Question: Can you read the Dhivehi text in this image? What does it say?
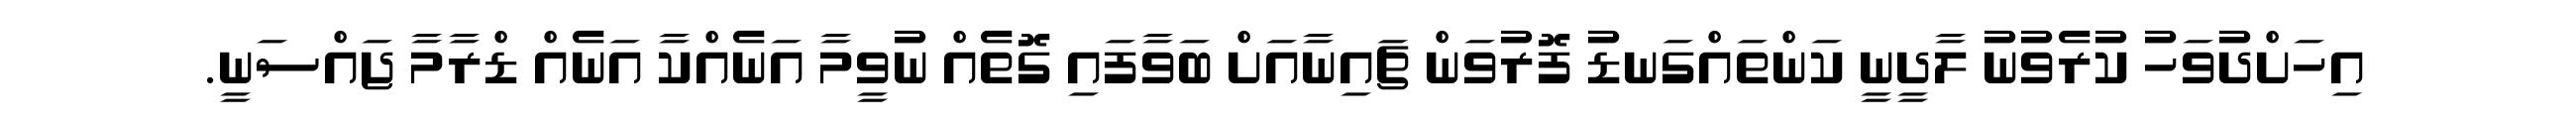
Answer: އިހަށްދުވަހު ކުރެވުނު ލާދީނީ ކަންތައްގަނޑު ފޮރުވަން ޗައިނާއަށް ބަވާފައި ގޮތެއް ނުވީމާ އަނެއްކާ އަނެއް ޑްރާމާ ޖައްސަނީ.